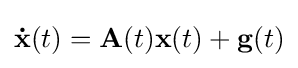
\mathbf {\dot {x}} (t)=\mathbf {A} (t)\mathbf {x} (t)+\mathbf {g} (t)